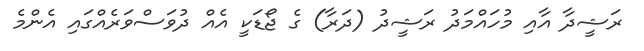
ރަޝީދާ އާއި މުހައްމަދު ރަޝީދު (ދަރާ) ގެ ޖޯޑަކީ އެއް ދުވަސްވަރެއްގައި އެންމެ